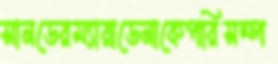
সানডেরম্যারাডেনাকেপরিসম্প